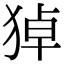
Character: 㹿